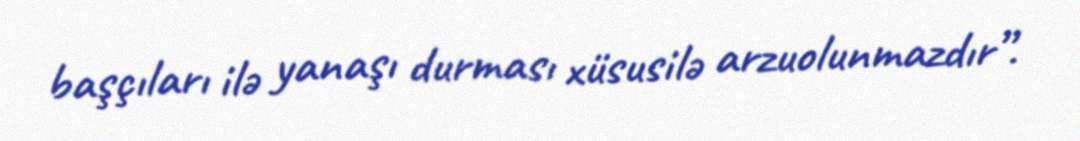
başçıları ilə yanaşı durması xüsusilə arzuolunmazdır”.